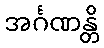
အင်္ဂဏန္တိ